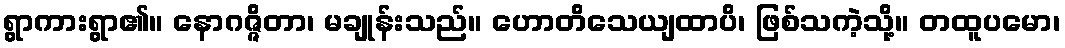
ရွာကားရွာ၏။ နောဂဇ္ဇိတာ၊ မချုန်းသည်။ ဟောတိသေယျထာပိ၊ ဖြစ်သကဲ့သို့။ တထူပမော၊